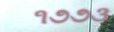
૧૭૭૩